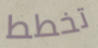
تخطط